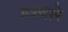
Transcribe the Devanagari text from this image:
हरणारे